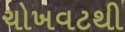
ચોખવટથી